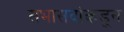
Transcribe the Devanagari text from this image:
सभासदांकडून